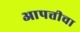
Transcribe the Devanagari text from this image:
आपत्तीचा